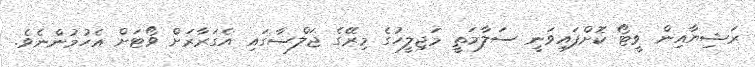
ރަޝިޔާއިން ވީޓޯ ކޮށްފައިވަނީ ސަލާމަތީ މަޖިލީހުގެ މިރޭގެ ޖަލްސާގައި އެގަރާރަށް ވޯޓަށް އެހުމުންނެވެ.